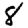
Digit: 8